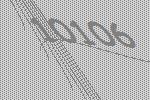
10106